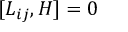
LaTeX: [ L _ { i j } , H ] = 0